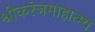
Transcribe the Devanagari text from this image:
श्रीकरंजमाहात्म्य